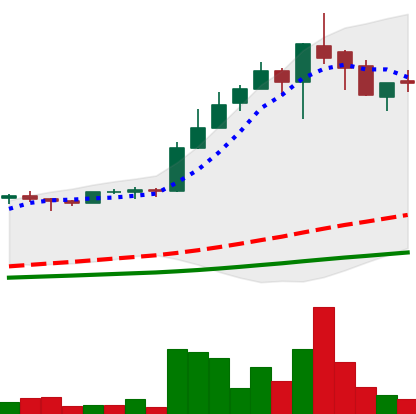
Ticker: LTC-USD
Chart end date: 2017-05-14
Forward return: -4.138%
Label: down_3_5